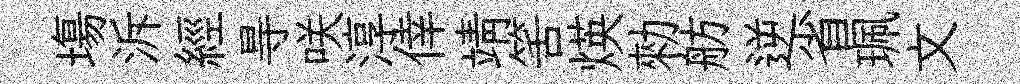
塲泝經㝵咲淳倖靖筈煐勑舫逆省珮文